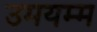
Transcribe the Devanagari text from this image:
उमयम्म